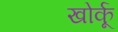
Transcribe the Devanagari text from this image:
खोर्कू